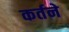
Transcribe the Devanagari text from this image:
कर्तने